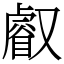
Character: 𠮉